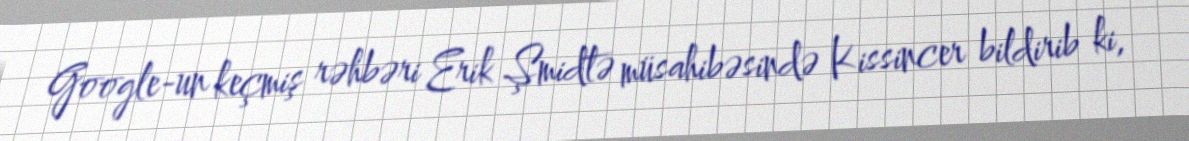
Google-un keçmiş rəhbəri Erik Şmidtə müsahibəsində Kissincer bildirib ki,